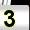
Digit: 3